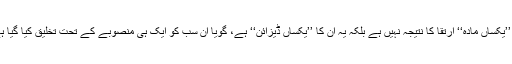
یہ ’’یکساں مادہ‘‘ ارتقا کا نتیجہ نہیں ہے بلکہ یہ ان کا ’’یکساں ڈیزائن‘‘ ہے، گویا ان سب کو ایک ہی منصوبے کے تحت تخلیق کیا گیا ہے۔